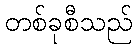
တစ်ခုစီသည်